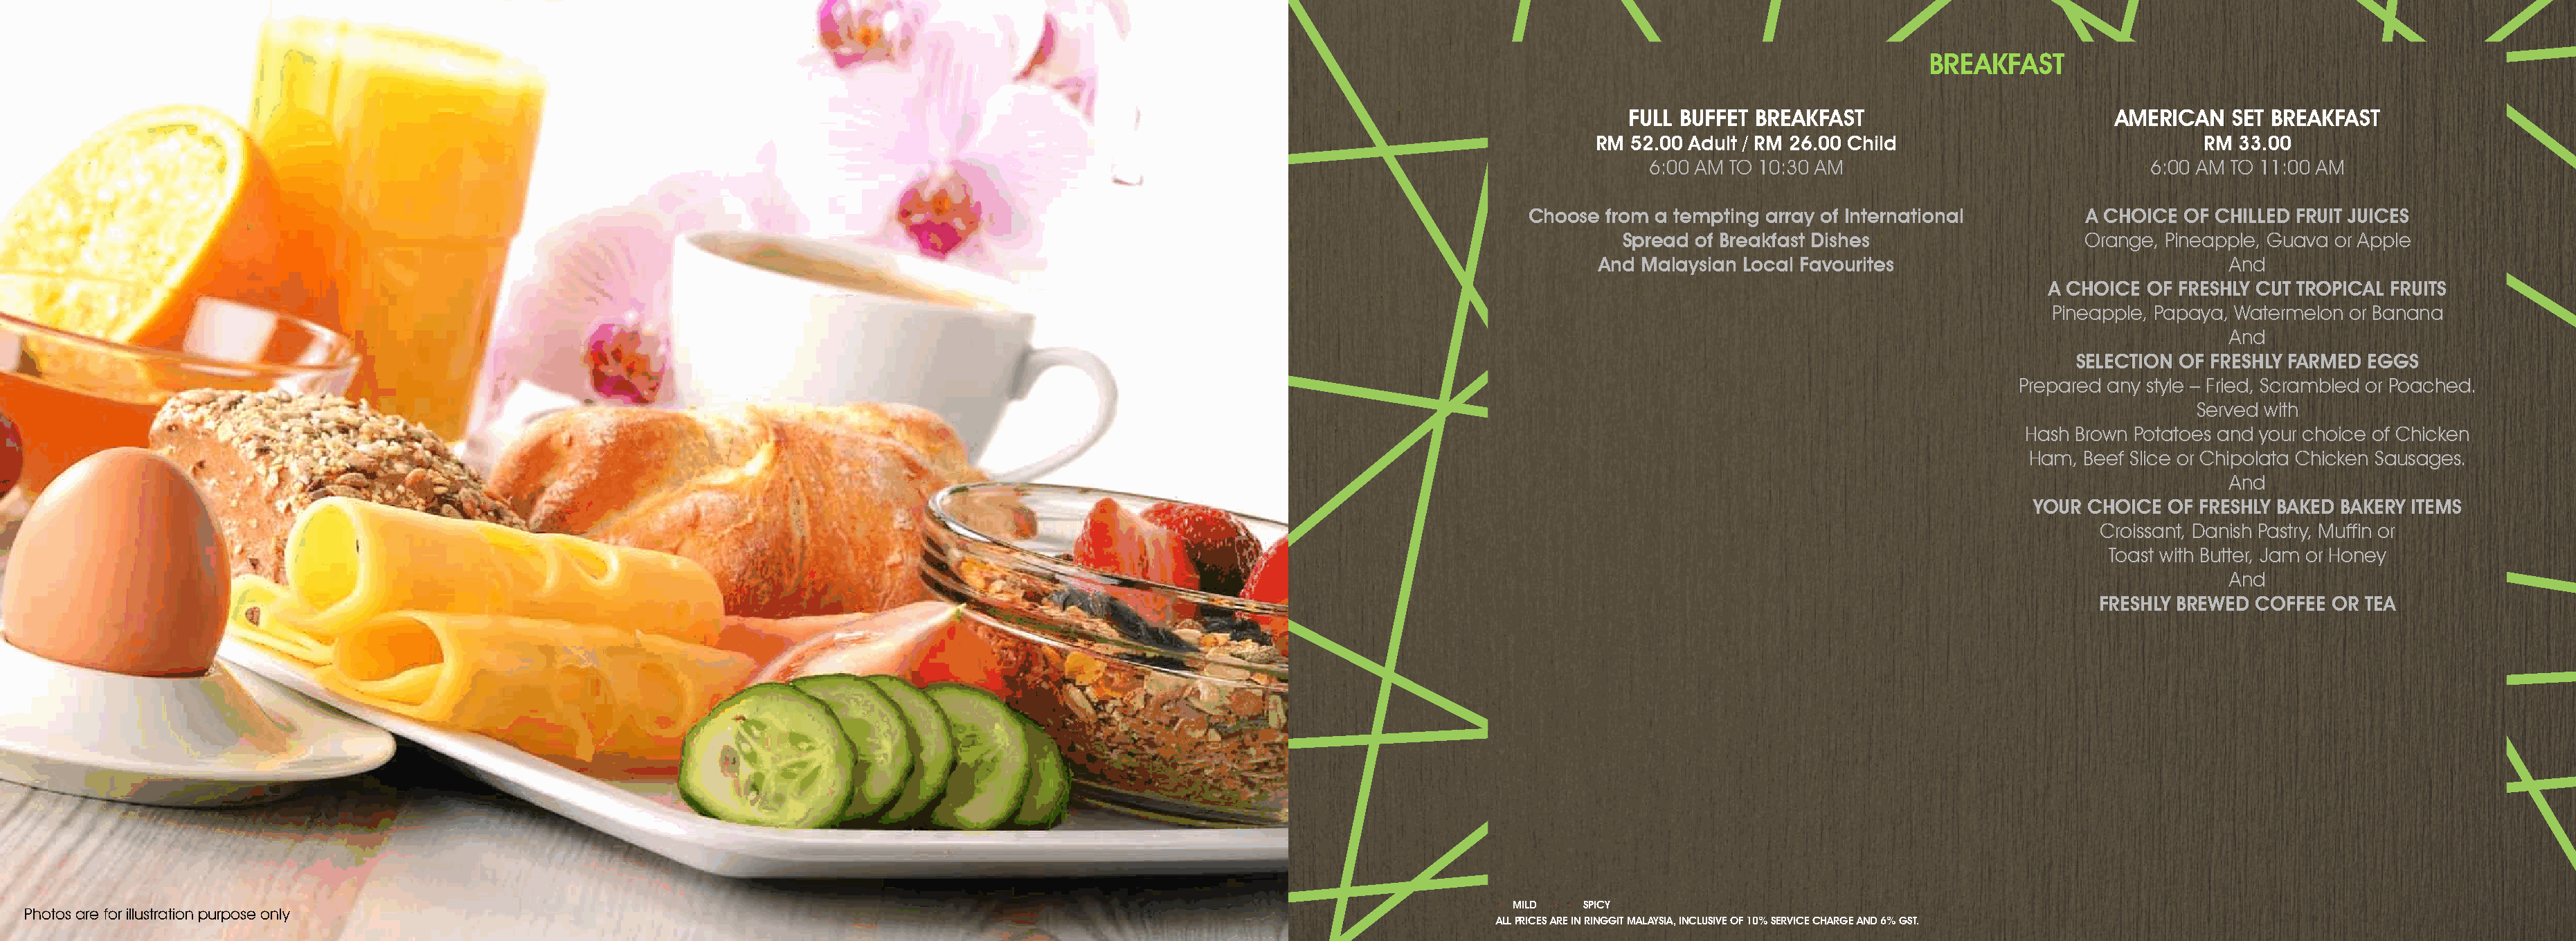
BREAKFAST
 FULL BUFFET BREAKFAST                         AMERICAN   SET BREAKFAST
 RM 52.00 Adult / RM 26.00 Child                           RM 33.00
 6:00 AM TO 10:30 AM                             6:00 AM TO 11:00 AM
 Choose  from a tempting array of International       A CHOICE  OF CHILLED FRUIT JUICES
 Spread of Breakfast Dishes                  Orange, Pineapple, Guava or Apple
 And Malaysian Local Favourites                              And
 A CHOICE OF FRESHLy CUT TROPICAL FRUITS
 Pineapple, Papaya, Watermelon or Banana
 And
 SELECTION OF FRESHLy FARMED EGGS
 Prepared any style – Fried, Scrambled or Poached.
 Served with
 Hash Brown Potatoes and your choice of Chicken
 Ham, Beef Slice or Chipolata Chicken Sausages.
 And
 yOUR  CHOICE OF FRESHLy BAKED BAKERy ITEMS
 Croissant, Danish Pastry, Muffin or
 Toast with Butter, Jam or Honey
 And
 FRESHLy BREWED COFFEE OR TEA
 MILD  SPICy
 Photos are for illustration purpose only
 ALL PRICES ARE IN RINGGIT MALAySIA, INCLUSIVE OF 10% SERVICE CHARGE AND 6% GST.